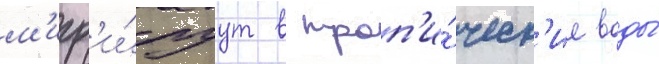
м'игр'и́руут в троп'и́ческ'ие воды́